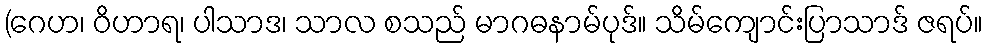
(ဂေဟ၊ ဝိဟာရ၊ ပါသာဒ၊ သာလ စသည် မာဂဓနာမ်ပုဒ်။ သိမ်ကျောင်းပြာသာဒ် ဇရပ်။